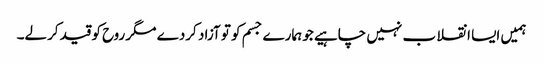
ہمیں ایسا انقلا ب نہیں چاہیے جو ہمارے جسم کو تو آزاد کردے مگر روح کو قید کرلے۔